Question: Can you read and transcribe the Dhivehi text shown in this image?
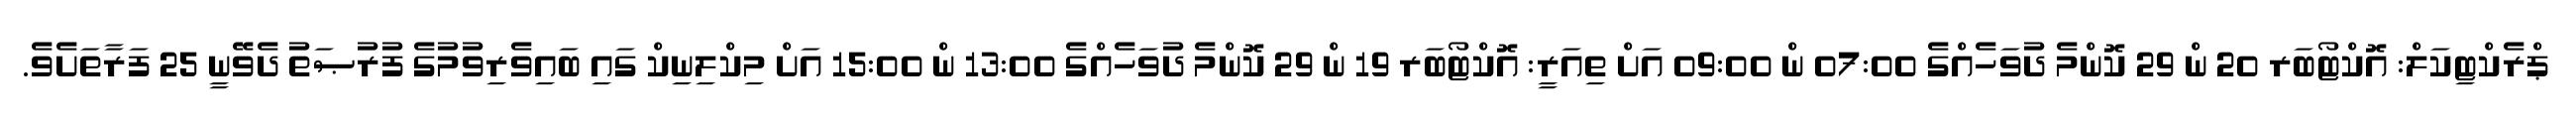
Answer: ޕްރެކްޓިކަލް: އޮކްޓޯބަރ 20 ން 29 ކޮންމެ ދުވަހެއްގެ 07:00 ން 09:00 އަށް ތިއަރީ: އޮކްޓޯބަރ 19 ން 29 ކޮންމެ ދުވަހެއްގެ 13:00 ން 15:00 އަށް މިކްލިނިކް ގައި ބައިވެރިވުމުގެ ފުރުޞަތު ދެވޭނީ 25 ފަރާތަށެވެ.